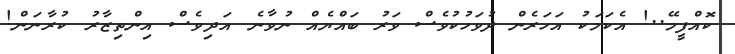
ކޮއްފީމޭ..! އެކަމަކު އަހަރެން ދުވަހުކުވެސް ވަރު ބައްޔެއް ނުވާނެ އަދިވެސް އިންތިޒާރު ކުރާނަން!